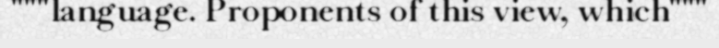
"""language. Proponents of this view, which"""